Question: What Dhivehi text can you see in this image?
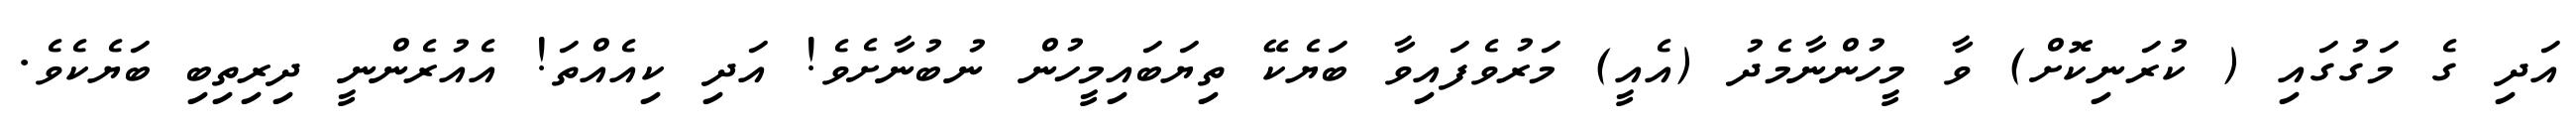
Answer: އަދި ގެ މަގުގައި ( ކުރަނިކޮށް) ވާ މީހުންނާމެދު (އެއީ) މަރުވެފައިވާ ބަޔެކޭ ތިޔަބައިމީހުން ނުބުނާށެވެ! އަދި ކިއެއްތަ! އެއުރެންނީ ދިރިތިބި ބަޔެކެވެ.